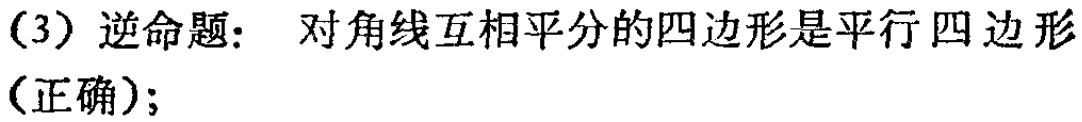
（3）逆命题： 对角线互相平分的四边形是平行四边形（正确）;